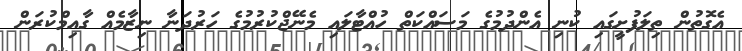
އެގޮތުން ތިލަފުށީގައި ކުނި އެންދުމުގެ މަސައްކަތް ހުއްޓާލައި މެނޭޖްކުރުމުގެ ހަރުދަނާ ނިޒާމެއް ގާއިމްކުރަން